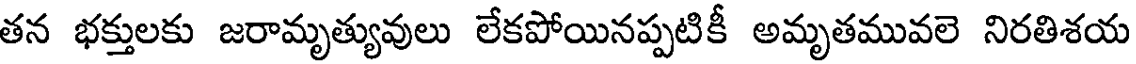
తన భక్తులకు జరామృత్యువులు లేకపోయినప్పటికీ అమృతమువలె నిరతిశయ